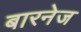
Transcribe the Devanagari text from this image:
बारनेज